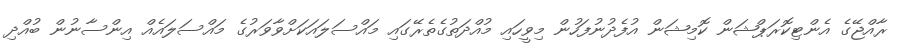
ރާއްޖޭގެ އެންޓިކޮރަޕްޝަން ކޮމިޝަން އުފެދުނުފަހުން މިވީހައި މުއްދަތުގެތެރޭގައި މައްސަލައަކަށްވާވަރުގެ މައްސަލައެއް އިންސާނުން ބުއްދި